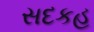
સદકહ